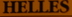
HELLES